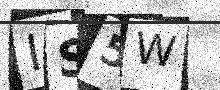
Text: IS5W